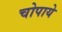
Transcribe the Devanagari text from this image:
चोपाये